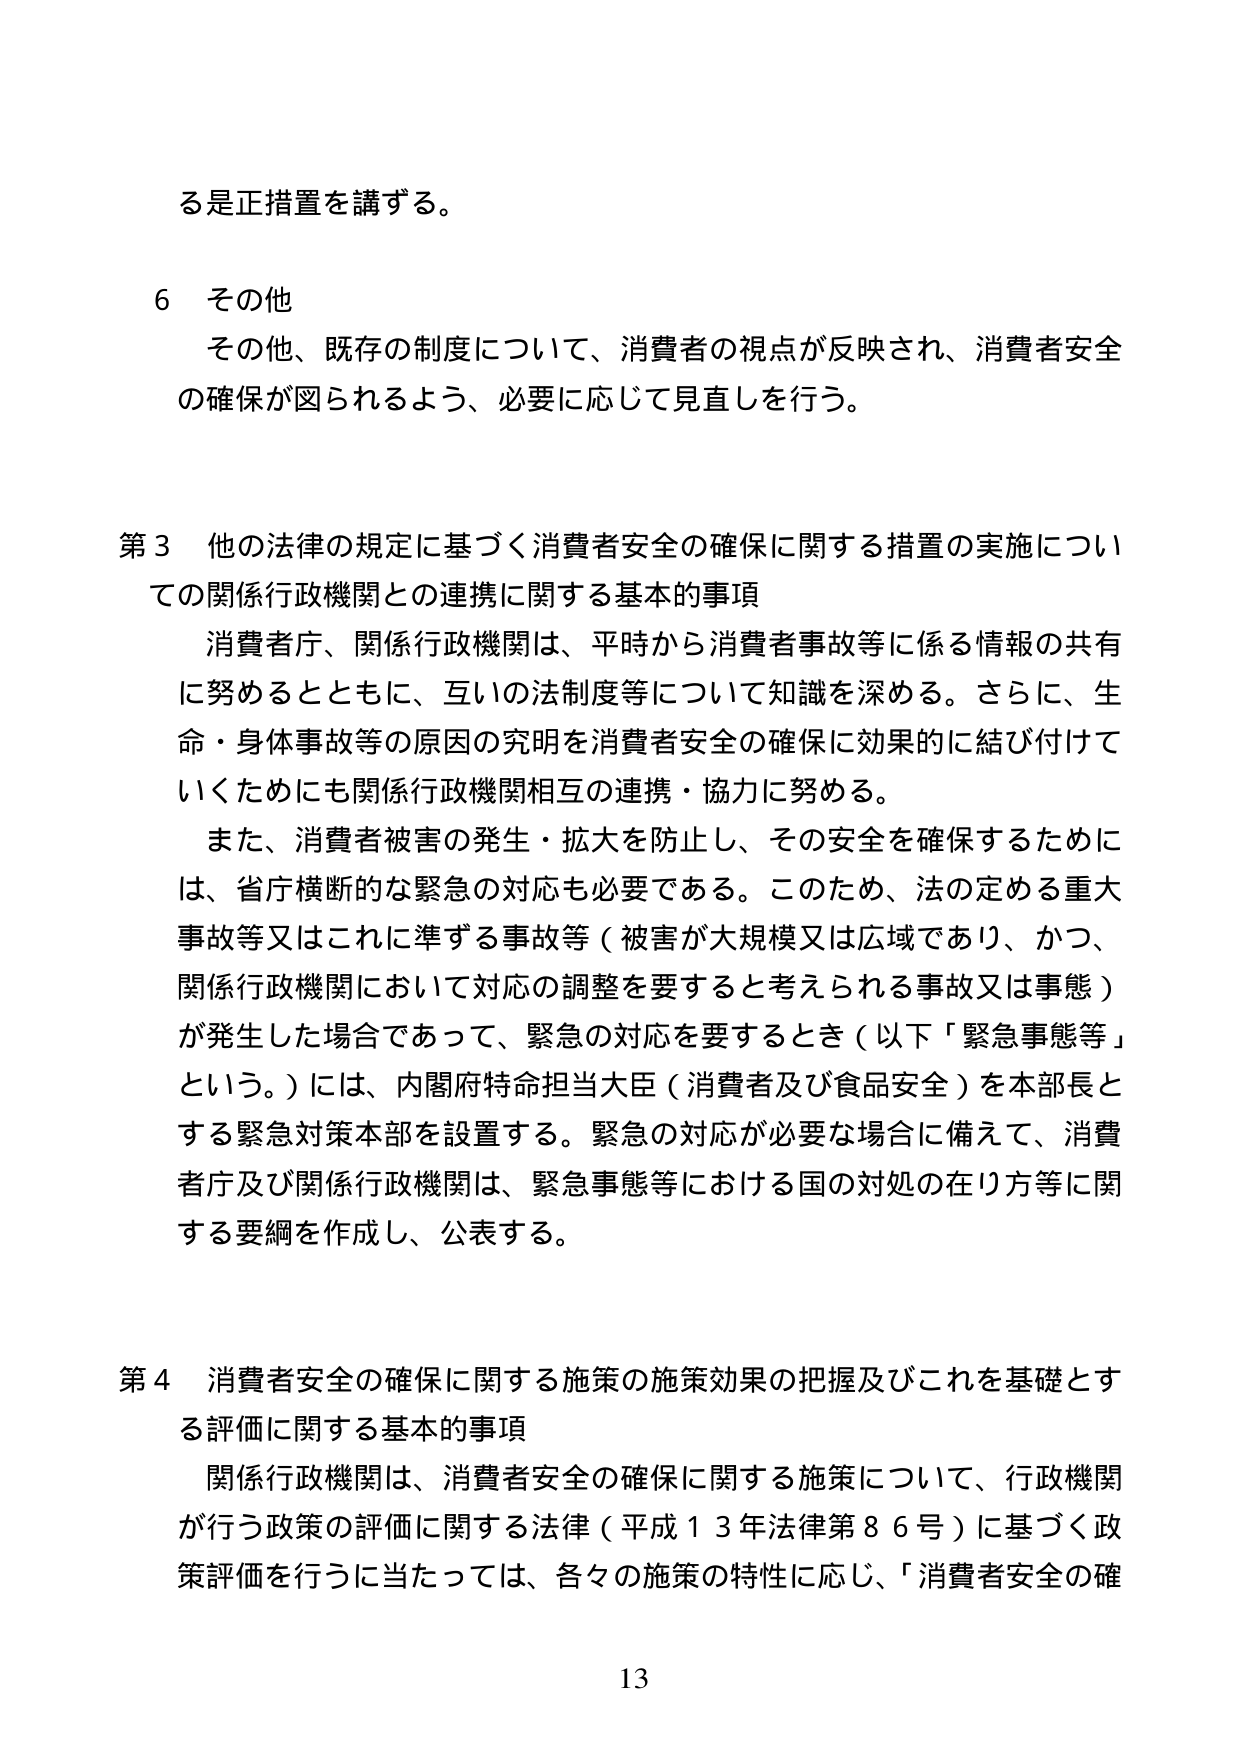
る是正措置を講ずる。

６ その他
　その他、既存の制度について、消費者の視点が反映され、消費者安全
の確保が図られるよう、必要に応じて見直しを行う。

第３ 他の法律の規定に基づく消費者安全の確保に関する措置の実施につい
ての関係行政機関との連携に関する基本的事項
　消費者庁、関係行政機関は、平時から消費者事故等に係る情報の共有
に努るとともに、互いの法制度等について知識を深める。さらに、生
命・身体事故等の原因の究明を消費者安全の確保に効果的に結び付けて
いくためにも関係行政機関相互の連携・協力に努める。
　また、消費者被害の発生・拡大を防止し、その安全を確保するために
は、省庁横断的な緊急の対応も必要である。このため、法の定める重大
事故等又はこれに準ずる事故等（被害が大規模又は広域であり、かつ、
関係行政機関において対応の調整を要すると考えられる事故又は事態）
が発生した場合であって、緊急の対応を要するとき（以下「緊急事態等」
という。）には、内閣府特命担当大臣（消費者及び食品安全）を本部長と
する緊急対策本部を設置する。緊急の対応が必要な場合に備えて、消費
者庁及び関係行政機関は、緊急事態等における国の対処の在り方等に関
する要綱を作成し、公表する。

第４ 消費者安全の確保に関する施策の施策効果の把握及びこれを基礎とす
る評価に関する基本的事項
　関係行政機関は、消費者安全の確保に関する施策について、行政機関
が行う政策の評価に関する法律（平成１３年法律第８６号）に基づく政
策評価を行うに当たっては、各々の施策の特性に応じ、「消費者安全の確

13